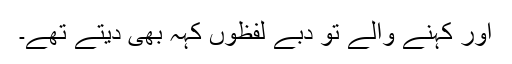
اور کہنے والے تو دبے لفظوں کہہ بھی دیتے تھے۔